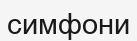
симфони